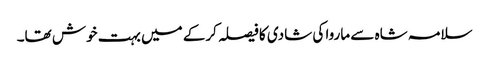
سلامہ شاہ سے ماروا کی شادی کا فیصلہ کرکے میں بہت خوش تھا۔